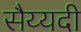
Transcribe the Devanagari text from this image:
सैय्यदी